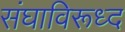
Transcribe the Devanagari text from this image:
संघाविरूध्द